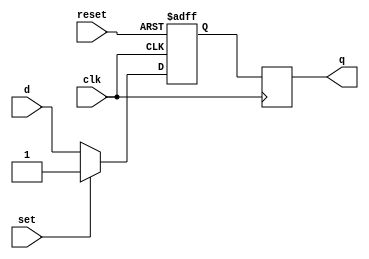
module sr_flipflop(
    input wire clk,
    input wire reset,
    input wire set,
    input wire d,
    output reg q
);

reg q_m;

always @(posedge clk or posedge reset)
begin
    if (reset)
        q_m <= 1'b0;
    else if (set)
        q_m <= 1'b1;
    else
        q_m <= d;
end

always @(negedge clk)
begin
    q <= q_m;
end

endmodule